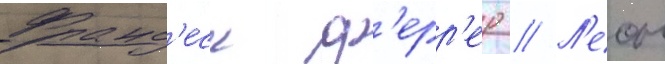
Франс'еск ф'ерр'ер // Л'еон